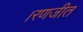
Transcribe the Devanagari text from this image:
।रणजीत